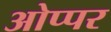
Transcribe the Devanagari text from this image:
ओप्पर